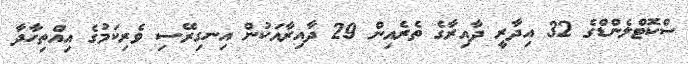
ސްކޮޓްލެންޑްގެ 32 އިދާރީ ދާއިރާގެ ތެރެއިން 29 ދާއިރާއަކުން އިނގިރޭސި ވެރިކަމުގެ އިއްތިހާދާ